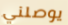
يوصلني